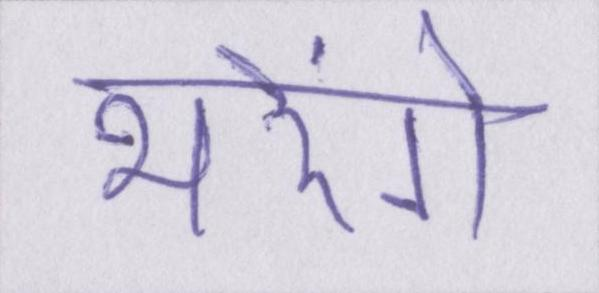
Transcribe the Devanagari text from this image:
भरेंगे